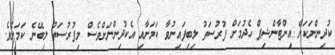
ކުދިންނަކަށް އިންޓާންޝިޕް ހެދުމަށް ފުރުސަތު ލިބިފައިނުވާ ކަމަށާއި އެކުދިންނަށްވެސް މިފުރުސަތު ލިބޭނެ ކަމަށެވެ.